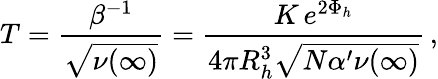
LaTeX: T=\frac{\beta^{-1}}{\sqrt{\nu(\infty)}}=\frac{K\, e^{2\Phi_{h}}}{4\pi R_{h}^{3}\sqrt{N\alpha^{\prime}\nu(\infty)}}\, ,